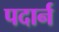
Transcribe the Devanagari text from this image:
पदार्न